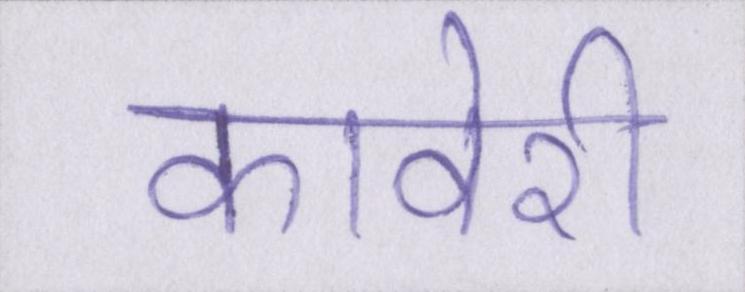
कावेरी